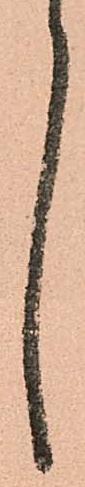
言